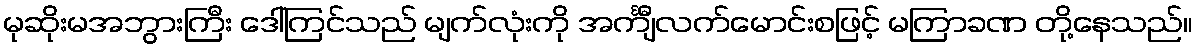
မုဆိုးမအဘွားကြီး ဒေါ်ကြင်သည် မျက်လုံးကို အင်္ကျီလက်မောင်းစဖြင့် မကြာခဏ တို့နေသည်။